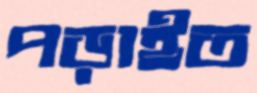
পড়াইত